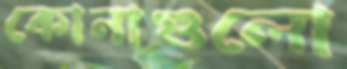
কোনাগুলো